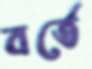
বর্তে